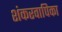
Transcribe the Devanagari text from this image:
शंकरवापिका